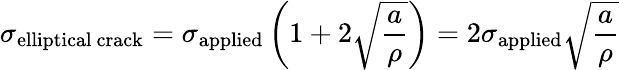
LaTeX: \sigma_{\mathrm{elliptical\ crack}}=\sigma_{\mathrm{applied}}\left(1+2{\sqrt{\frac{a}{\rho}}}\right)=2\sigma_{\mathrm{applied}}{\sqrt{\frac{a}{\rho}}}